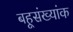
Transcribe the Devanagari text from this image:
बहूसंख्यांक